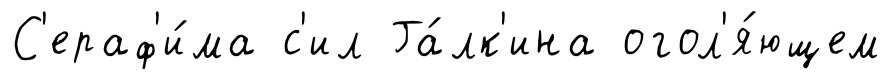
С'ераф'и́ма с'ил Га́лк'ина огол'я́ющем